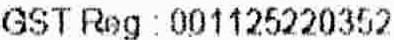
GST REG : 001125220352